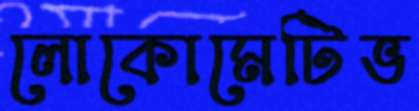
লোকোমেটিভ